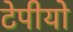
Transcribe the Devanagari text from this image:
टेपीयो